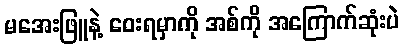
မအေးဖြူနဲ့ ဝေးရမှာကို အစ်ကို အကြောက်ဆုံးပဲ